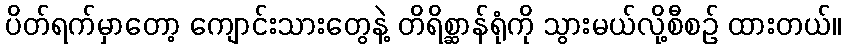
ပိတ်ရက်မှာတော့ ကျောင်းသားတွေနဲ့ တိရိစ္ဆာန်ရုံကို သွားမယ်လို့စီစဉ် ထားတယ်။